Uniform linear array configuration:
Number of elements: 24
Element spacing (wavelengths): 0.75
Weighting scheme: uniform
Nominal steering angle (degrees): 45
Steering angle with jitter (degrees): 43.545
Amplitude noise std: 0.05
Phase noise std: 0.05

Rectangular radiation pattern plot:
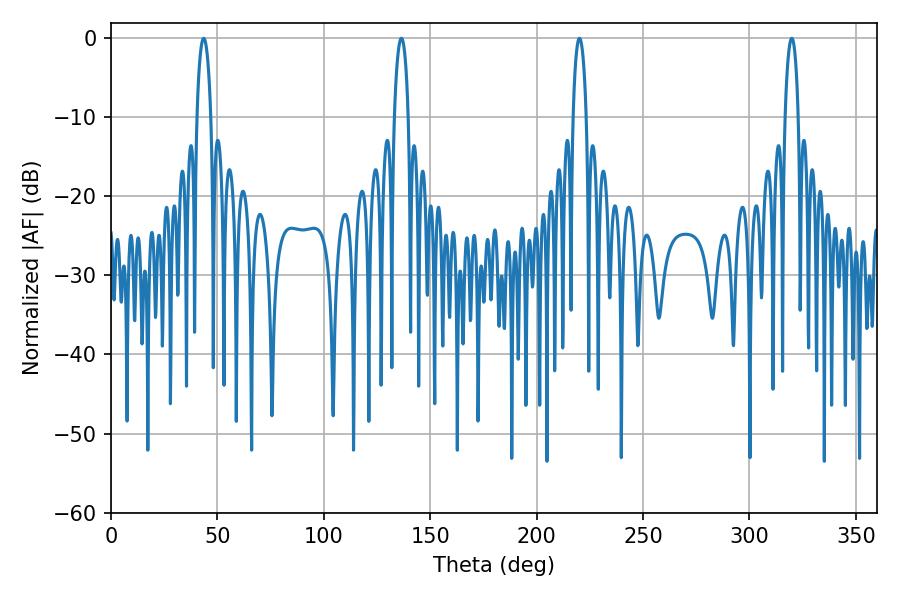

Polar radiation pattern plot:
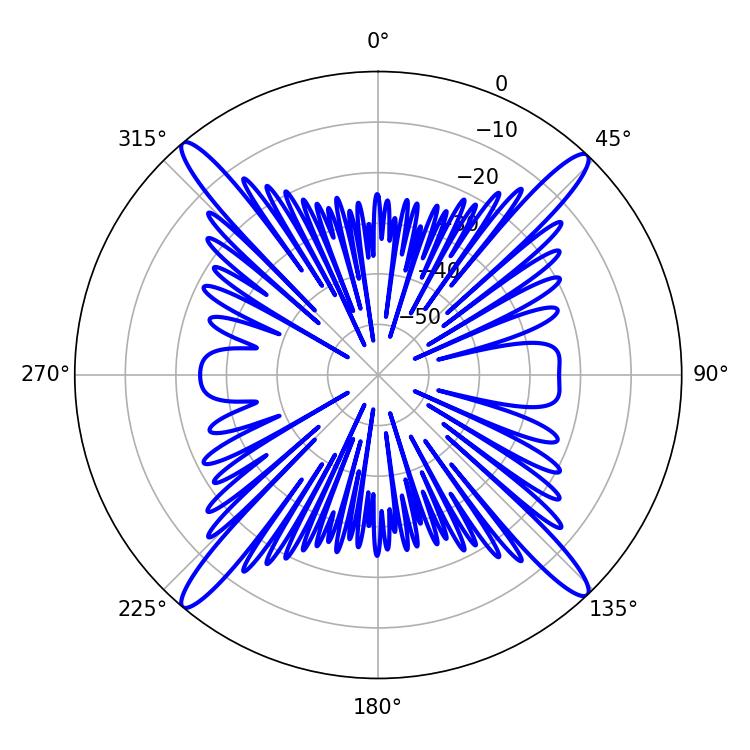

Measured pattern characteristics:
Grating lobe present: TRUE
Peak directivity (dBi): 22.015
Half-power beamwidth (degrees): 3.6
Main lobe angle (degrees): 136.44